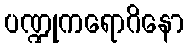
ပဏ္ဍုကရောဂိနော